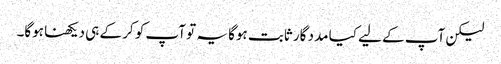
لیکن آپ کے لیے کیا مدد گار ثابت ہوگا یہ تو آپ کو کر کے ہی دیکھنا ہوگا۔